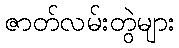
ဇာတ်လမ်းတွဲများ